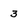
Character: 3